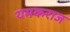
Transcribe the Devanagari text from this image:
यमकराज